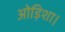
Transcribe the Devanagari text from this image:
ओड़िशा।